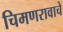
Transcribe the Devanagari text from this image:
चिमणरावाचे